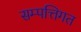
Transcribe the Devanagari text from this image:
सम्पत्तिगत